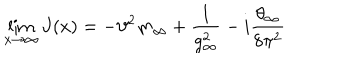
LaTeX: \lim _ { x \to \infty } J ( x ) = - \vartheta ^ { 2 } m _ { \infty } + \frac { 1 } { g _ { \infty } ^ { 2 } } - i \frac { \theta _ { \infty } } { 8 \pi ^ { 2 } }